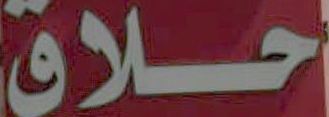
حلاق